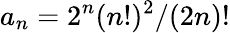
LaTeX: a_{n}=2^{n}(n!)^{2}/(2n)!